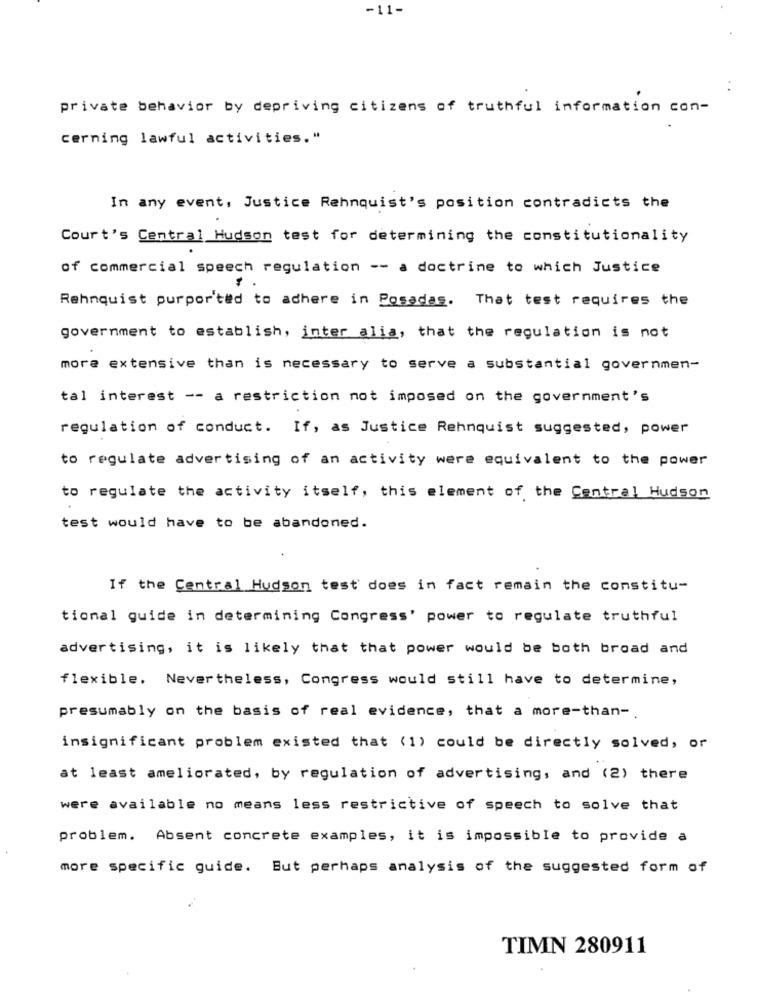
-11-
private behavior by depriving citizens of truthful information con-
cerning lawful activities."
In any event, Justice Rehnquist's position contradicts the
Court's Central Hudson test for determining the constitutionality
of commercial speech regulation -- a doctrine to which Justice
Rehnquist purported to adhere in Posadas. That test requires the
government to establish, inter alia, that the regulation is not
more extensive than is necessary to serve a substantial governmen-
tal interest -- a restriction not imposed on the government's
regulation of conduct. If, as Justice Rehnquist suggested, power
to regulate advertising of an activity were equivalent to the power
to regulate the activity itself, this element of the Central Hudson
test would have to be abandoned.
If the Central Hudson test does in fact remain the constitu-
tional guide in determining Congress' power to regulate truthful
advertising, it is likely that that power would be both broad and
flexible. Nevertheless, Congress would still have to determine,
presumably on the basis of real evidence, that a more-than -.
insignificant problem existed that (1) could be directly solved, or
at least ameliorated, by regulation of advertising, and (2) there
were available no means less restrictive of speech to solve that
problem. Absent concrete examples, it is impossible to provide a
more specific guide. But perhaps analysis of the suggested form of
TIMN 280911